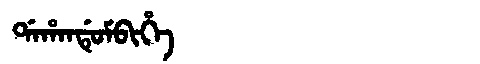
Manchu: ᡩᠠᡥᠠᠨᡩᡠᠮᠪᡳᡥᡝ
Romanization: DAHANDUMBIHE